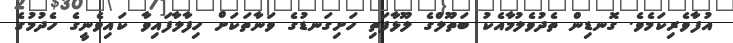
އުފާވެރިކަމެވެ. ގޮނޑިން ތެދުވެލުމާއެކު ބަތޫލްގެ ލޫޅާފަތި ހަށިގަނޑުގެ ވަނާތަކަށް ހިފާލާފައިވާ ކައިވެނީގެ ހެދުމުގެ